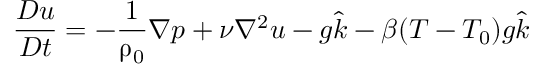
\frac { D \boldsymbol { u } } { D t } = - \frac { 1 } { \uprho _ { 0 } } \nabla p + \nu \nabla ^ { 2 } \boldsymbol { u } - g \hat { k } - \beta ( T - T _ { 0 } ) g \hat { k }